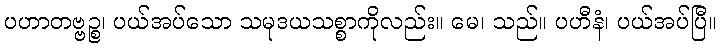
ပဟာတဗ္ဗဉ္စ၊ ပယ်အပ်သော သမုဒယသစ္စာကိုလည်း။ မေ၊ သည်။ ပဟီနံ၊ ပယ်အပ်ပြီ။